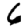
Digit: 6